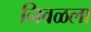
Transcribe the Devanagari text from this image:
निवळला